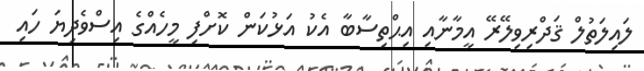
ލައިލަތުލް ޤަދްރިވިލޭރޭ އީމާނާއި އިޙްތިސާބާ އެކު އަޅުކަން ކޮށްފި މީހެއްގެ އިސްވެދިޔަ ހައި